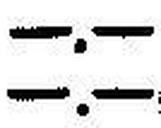
—.—